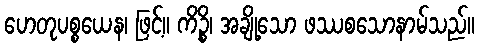
ဟေတုပစ္စယေန၊ ဖြင့်။ ကိဉ္စိ၊ အချို့သော ဖဿစသောနာမ်သည်။